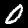
Digit: 0